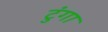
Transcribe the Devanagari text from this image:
टुंगा